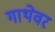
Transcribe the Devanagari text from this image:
गाथेवर